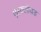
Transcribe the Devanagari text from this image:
ऐल्क्लॉयड